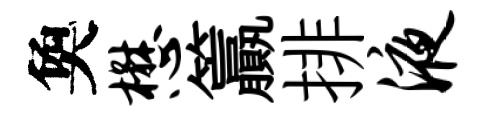
奐懋籯排液